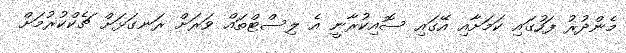
މެންދުރު ފަހުގައި ކަމަށާއި އޭގައި ސޮއިކުރާނީ އެ ލިސްޓްތައް ވަރަށް ރަނގަޅަށް ޗެކްކުރުމަށް